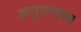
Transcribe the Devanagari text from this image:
अनुपलब्‍ध